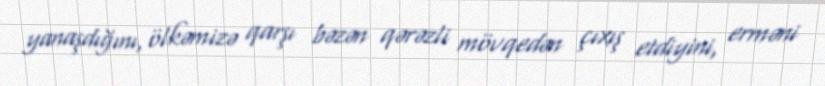
yanaşdığını, ölkəmizə qarşı bəzən qərəzli mövqedən çıxış etdiyini, erməni